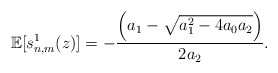
\begin{align*} \mathbb{E}[s_{n,m}^1(z)] = -\frac{\left(a_1 - \sqrt{a_1^2 - 4 a_0 a_2}\right)}{2 a_2}.\end{align*}